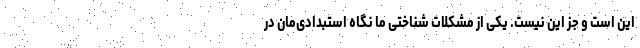
این است و جز این نیست. یکی از مشکلات شناختی ما نگاه استبدادی‌مان در